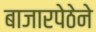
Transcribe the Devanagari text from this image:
बाजारपेठेने